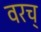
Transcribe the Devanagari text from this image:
वरच्